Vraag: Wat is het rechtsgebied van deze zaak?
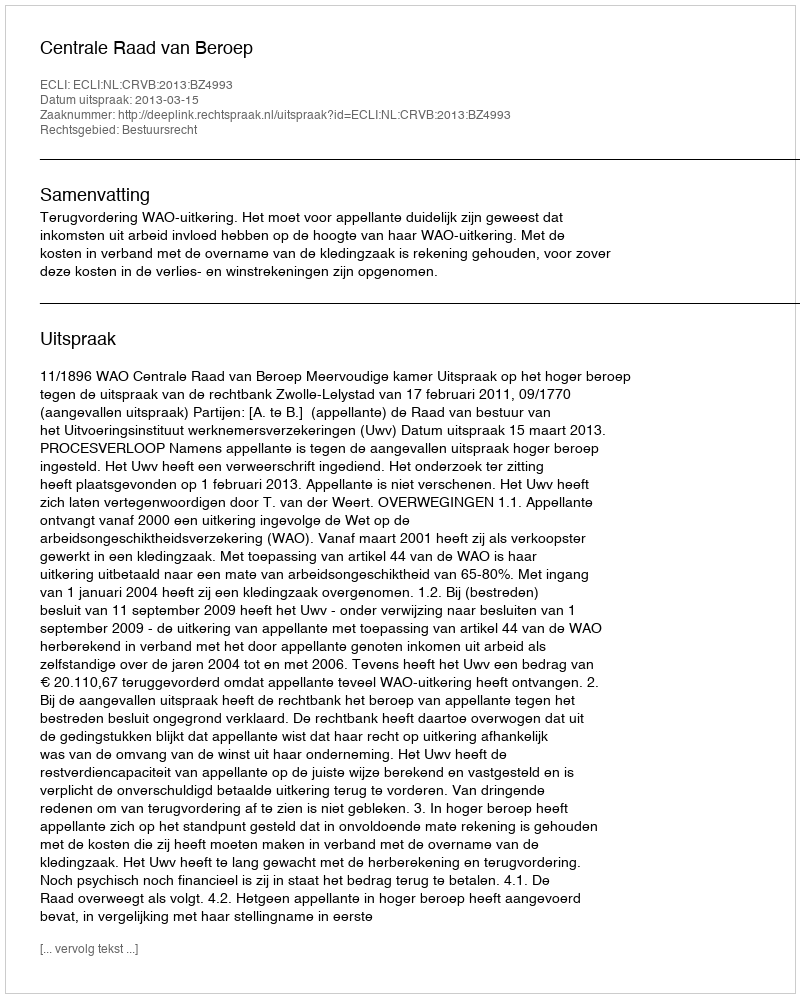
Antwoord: Bestuursrecht